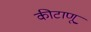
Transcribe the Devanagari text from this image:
कीटाणू